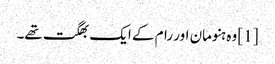
[1] وہ ہنومان اور رام کے ایک بھگت تھے۔